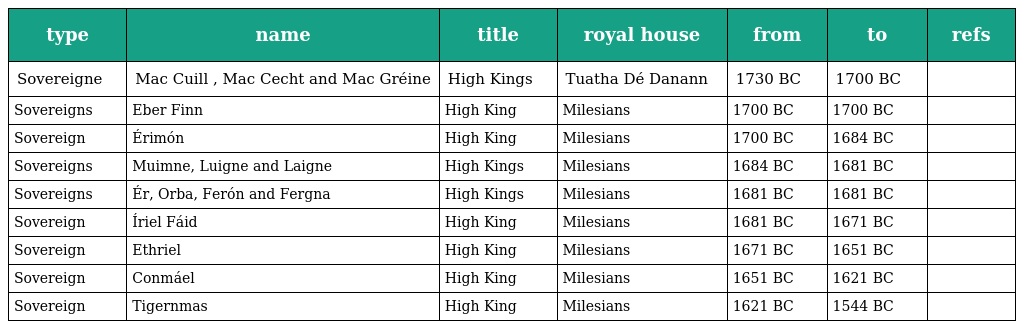
| type | name | title | royal house | from | to | refs |
 | --- | --- | --- | --- | --- | --- | --- |
 | Sovereigne | Mac Cuill , Mac Cecht and Mac Gréine | High Kings | Tuatha Dé Danann | 1730 BC | 1700 BC |  |
 | Sovereigns | Eber Finn | High King | Milesians | 1700 BC | 1700 BC |  |
 | Sovereign | Érimón | High King | Milesians | 1700 BC | 1684 BC |  |
 | Sovereigns | Muimne, Luigne and Laigne | High Kings | Milesians | 1684 BC | 1681 BC |  |
 | Sovereigns | Ér, Orba, Ferón and Fergna | High Kings | Milesians | 1681 BC | 1681 BC |  |
 | Sovereign | Íriel Fáid | High King | Milesians | 1681 BC | 1671 BC |  |
 | Sovereign | Ethriel | High King | Milesians | 1671 BC | 1651 BC |  |
 | Sovereign | Conmáel | High King | Milesians | 1651 BC | 1621 BC |  |
 | Sovereign | Tigernmas | High King | Milesians | 1621 BC | 1544 BC |  |